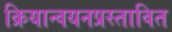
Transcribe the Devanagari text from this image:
क्रियान्वयनप्रस्तावित